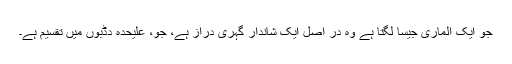
جو ایک الماری جیسا لگتا ہے وہ در اصل ایک شاندار گہری دراز ہے، جو، علیحدہ دڈبوں میں تقسیم ہے۔